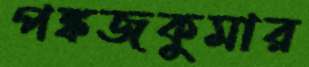
পঙ্কজকুমার